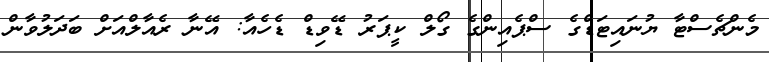
މެންޗެސްޓާ ޔުނައިޓަޑްގެ ސްޕެއިންގެ ގޯލް ކީޕަރު ޑޭވިޑް ޑެހެއާ: އޭނާ ރެއާލްއަށް ބަދަލުވާން